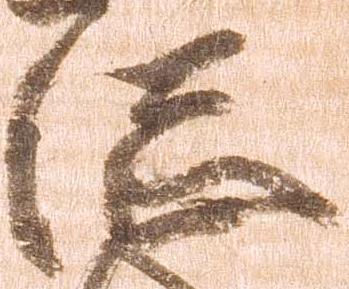
総